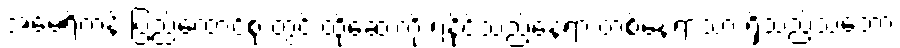
အမေရိကန် ပြည်ထောင်စု တွင် ထိုဆေးကို ရနိုင်သည့်နေရာ တစ်နေရာသာ ရှိသည့်သဘော